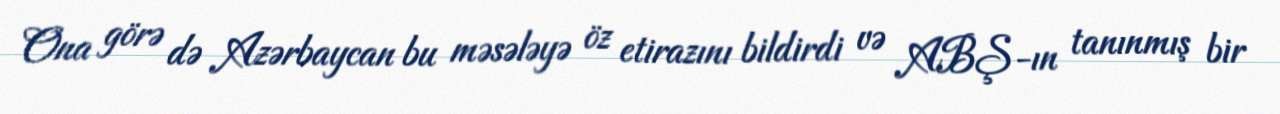
Ona görə də Azərbaycan bu məsələyə öz etirazını bildirdi və ABŞ-ın tanınmış bir